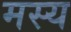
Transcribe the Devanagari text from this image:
मस्य